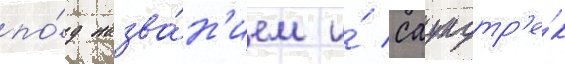
по́д назва́н'ием и́ саундтр'е́к